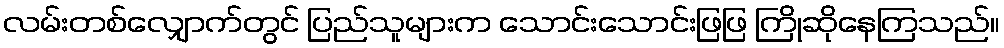
လမ်းတစ်လျှောက်တွင် ပြည်သူများက သောင်းသောင်းဖြဖြ ကြိုဆိုနေကြသည်။